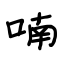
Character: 喃